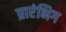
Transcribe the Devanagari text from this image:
प्रारंभिग